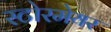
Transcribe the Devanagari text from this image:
स्टोरमेयर